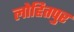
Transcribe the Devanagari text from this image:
लोहितपुर